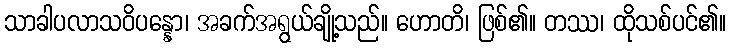
သာခါပလာသဝိပန္နော၊ အခက်အရွယ်ချို့သည်။ ဟောတိ၊ ဖြစ်၏။ တဿ၊ ထိုသစ်ပင်၏။